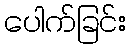
ပေါက်ခြင်း